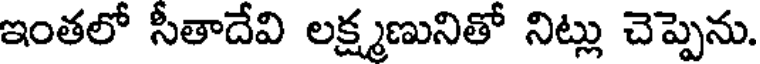
ఇంతలో సీతాదేవి లక్ష్మణునితో నిట్లు చెప్పెను.